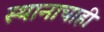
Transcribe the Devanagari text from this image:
स्थानाचाही